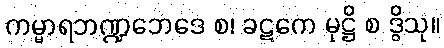
ကမ္မာရဘဏ္ဍဘေဒေ စ၊ ခဋကေ မုဋ္ဌိ စ ဒွိသု။